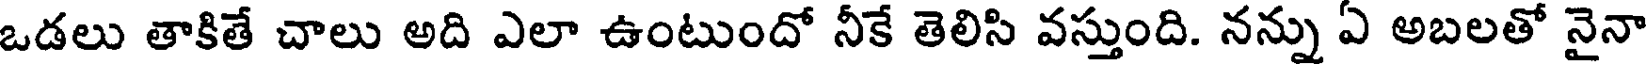
ఒడలు తాకితే చాలు అది ఎలా ఉంటుందో నీకే తెలిసి వస్తుంది. నన్ను ఏ అబలతో నైనా